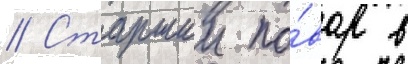
// Старшии по́вар в